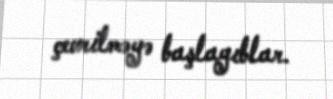
çevrilməyə başlayıblar.